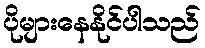
ပိုများနေနိုင်ပါသည်